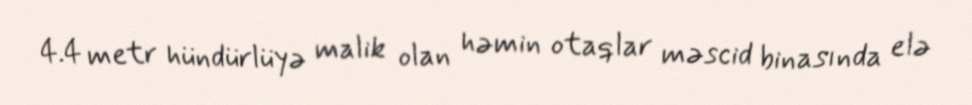
4.4 metr hündürlüyə malik olan həmin otaqlar məscid binasında elə